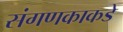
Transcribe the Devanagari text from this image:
संगणकाकडे